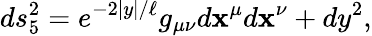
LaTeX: ds_{5}^{2}=e^{-2|y|/\ell}g_{\mu\nu}d\mathbf{x}^{\mu}d\mathbf{x}^{\nu}+dy^{2},